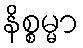
နိစ္စမ္မာ